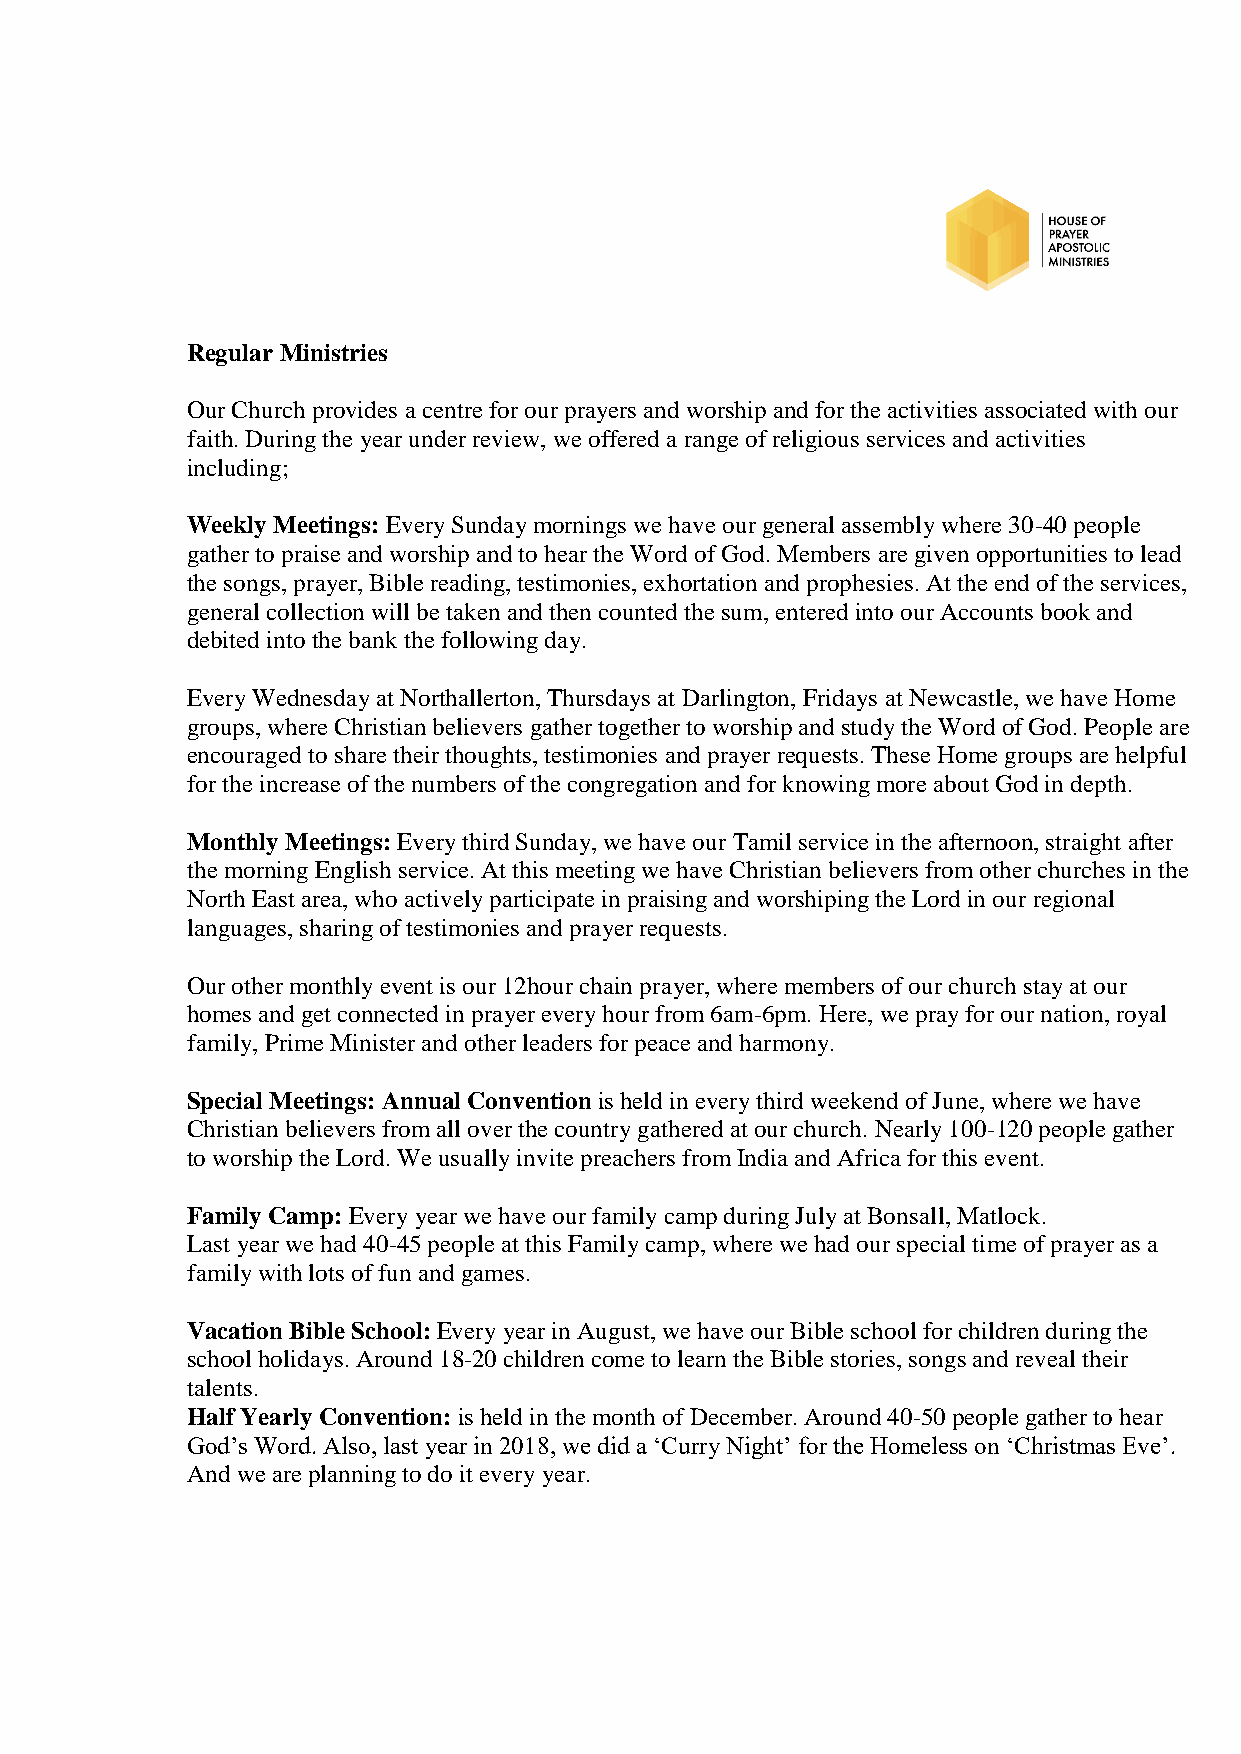
Regular Ministries
 Our Church provides a centre for our prayers and worship and for the activities associated with our
 faith. During the year under review, we offered a range of religious services and activities
 including;
 Weekly Meetings: Every Sunday mornings we have our general assembly where 30-40 people
 gather to praise and worship and to hear the Word of God. Members are given opportunities to lead
 the songs, prayer, Bible reading, testimonies, exhortation and prophesies. At the end of the services,
 general collection will be taken and then counted the sum, entered into our Accounts book and
 debited into the bank the following day.
 Every Wednesday at Northallerton, Thursdays at Darlington, Fridays at Newcastle, we have Home
 groups, where Christian believers gather together to worship and study the Word of God. People are
 encouraged to share their thoughts, testimonies and prayer requests. These Home groups are helpful
 for the increase of the numbers of the congregation and for knowing more about God in depth.
 Monthly Meetings: Every third Sunday, we have our Tamil service in the afternoon, straight after
 the morning English service. At this meeting we have Christian believers from other churches in the
 North East area, who actively participate in praising and worshiping the Lord in our regional
 languages, sharing of testimonies and prayer requests.
 Our other monthly event is our 12hour chain prayer, where members of our church stay at our
 homes and get connected in prayer every hour from 6am-6pm. Here, we pray for our nation, royal
 family, Prime Minister and other leaders for peace and harmony.
 Special Meetings: Annual Convention is held in every third weekend of June, where we have
 Christian believers from all over the country gathered at our church. Nearly 100-120 people gather
 to worship the Lord. We usually invite preachers from India and Africa for this event.
 Family Camp: Every year we have our family camp during July at Bonsall, Matlock.
 Last year we had 40-45 people at this Family camp, where we had our special time of prayer as a
 family with lots of fun and games.
 Vacation Bible School: Every year in August, we have our Bible school for children during the
 school holidays. Around 18-20 children come to learn the Bible stories, songs and reveal their
 talents.
 Half Yearly Convention: is held in the month of December. Around 40-50 people gather to hear
 God’s Word. Also, last year in 2018, we did a ‘Curry Night’ for the Homeless on ‘Christmas Eve’.
 And we are planning to do it every year.